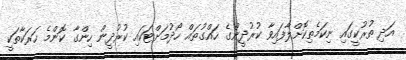
އަދި ތުރުކީގައި ނިކަމެތިކޮށްލާފައިވާ ކުރުދީންގެ ހައްގުތައް ހޯދުމަށްޓަކައި ކުރުދީން ހިންގާ ކޮންމެ ހަރަކާތަކީ